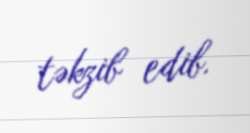
təkzib edib.